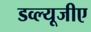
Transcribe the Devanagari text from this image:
डव्ल्यूजीए